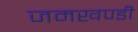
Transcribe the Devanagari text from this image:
जमखण्डी